65_HS1-834228961_62-HQ-83894_Section_5
Agency: FBI
Page 52
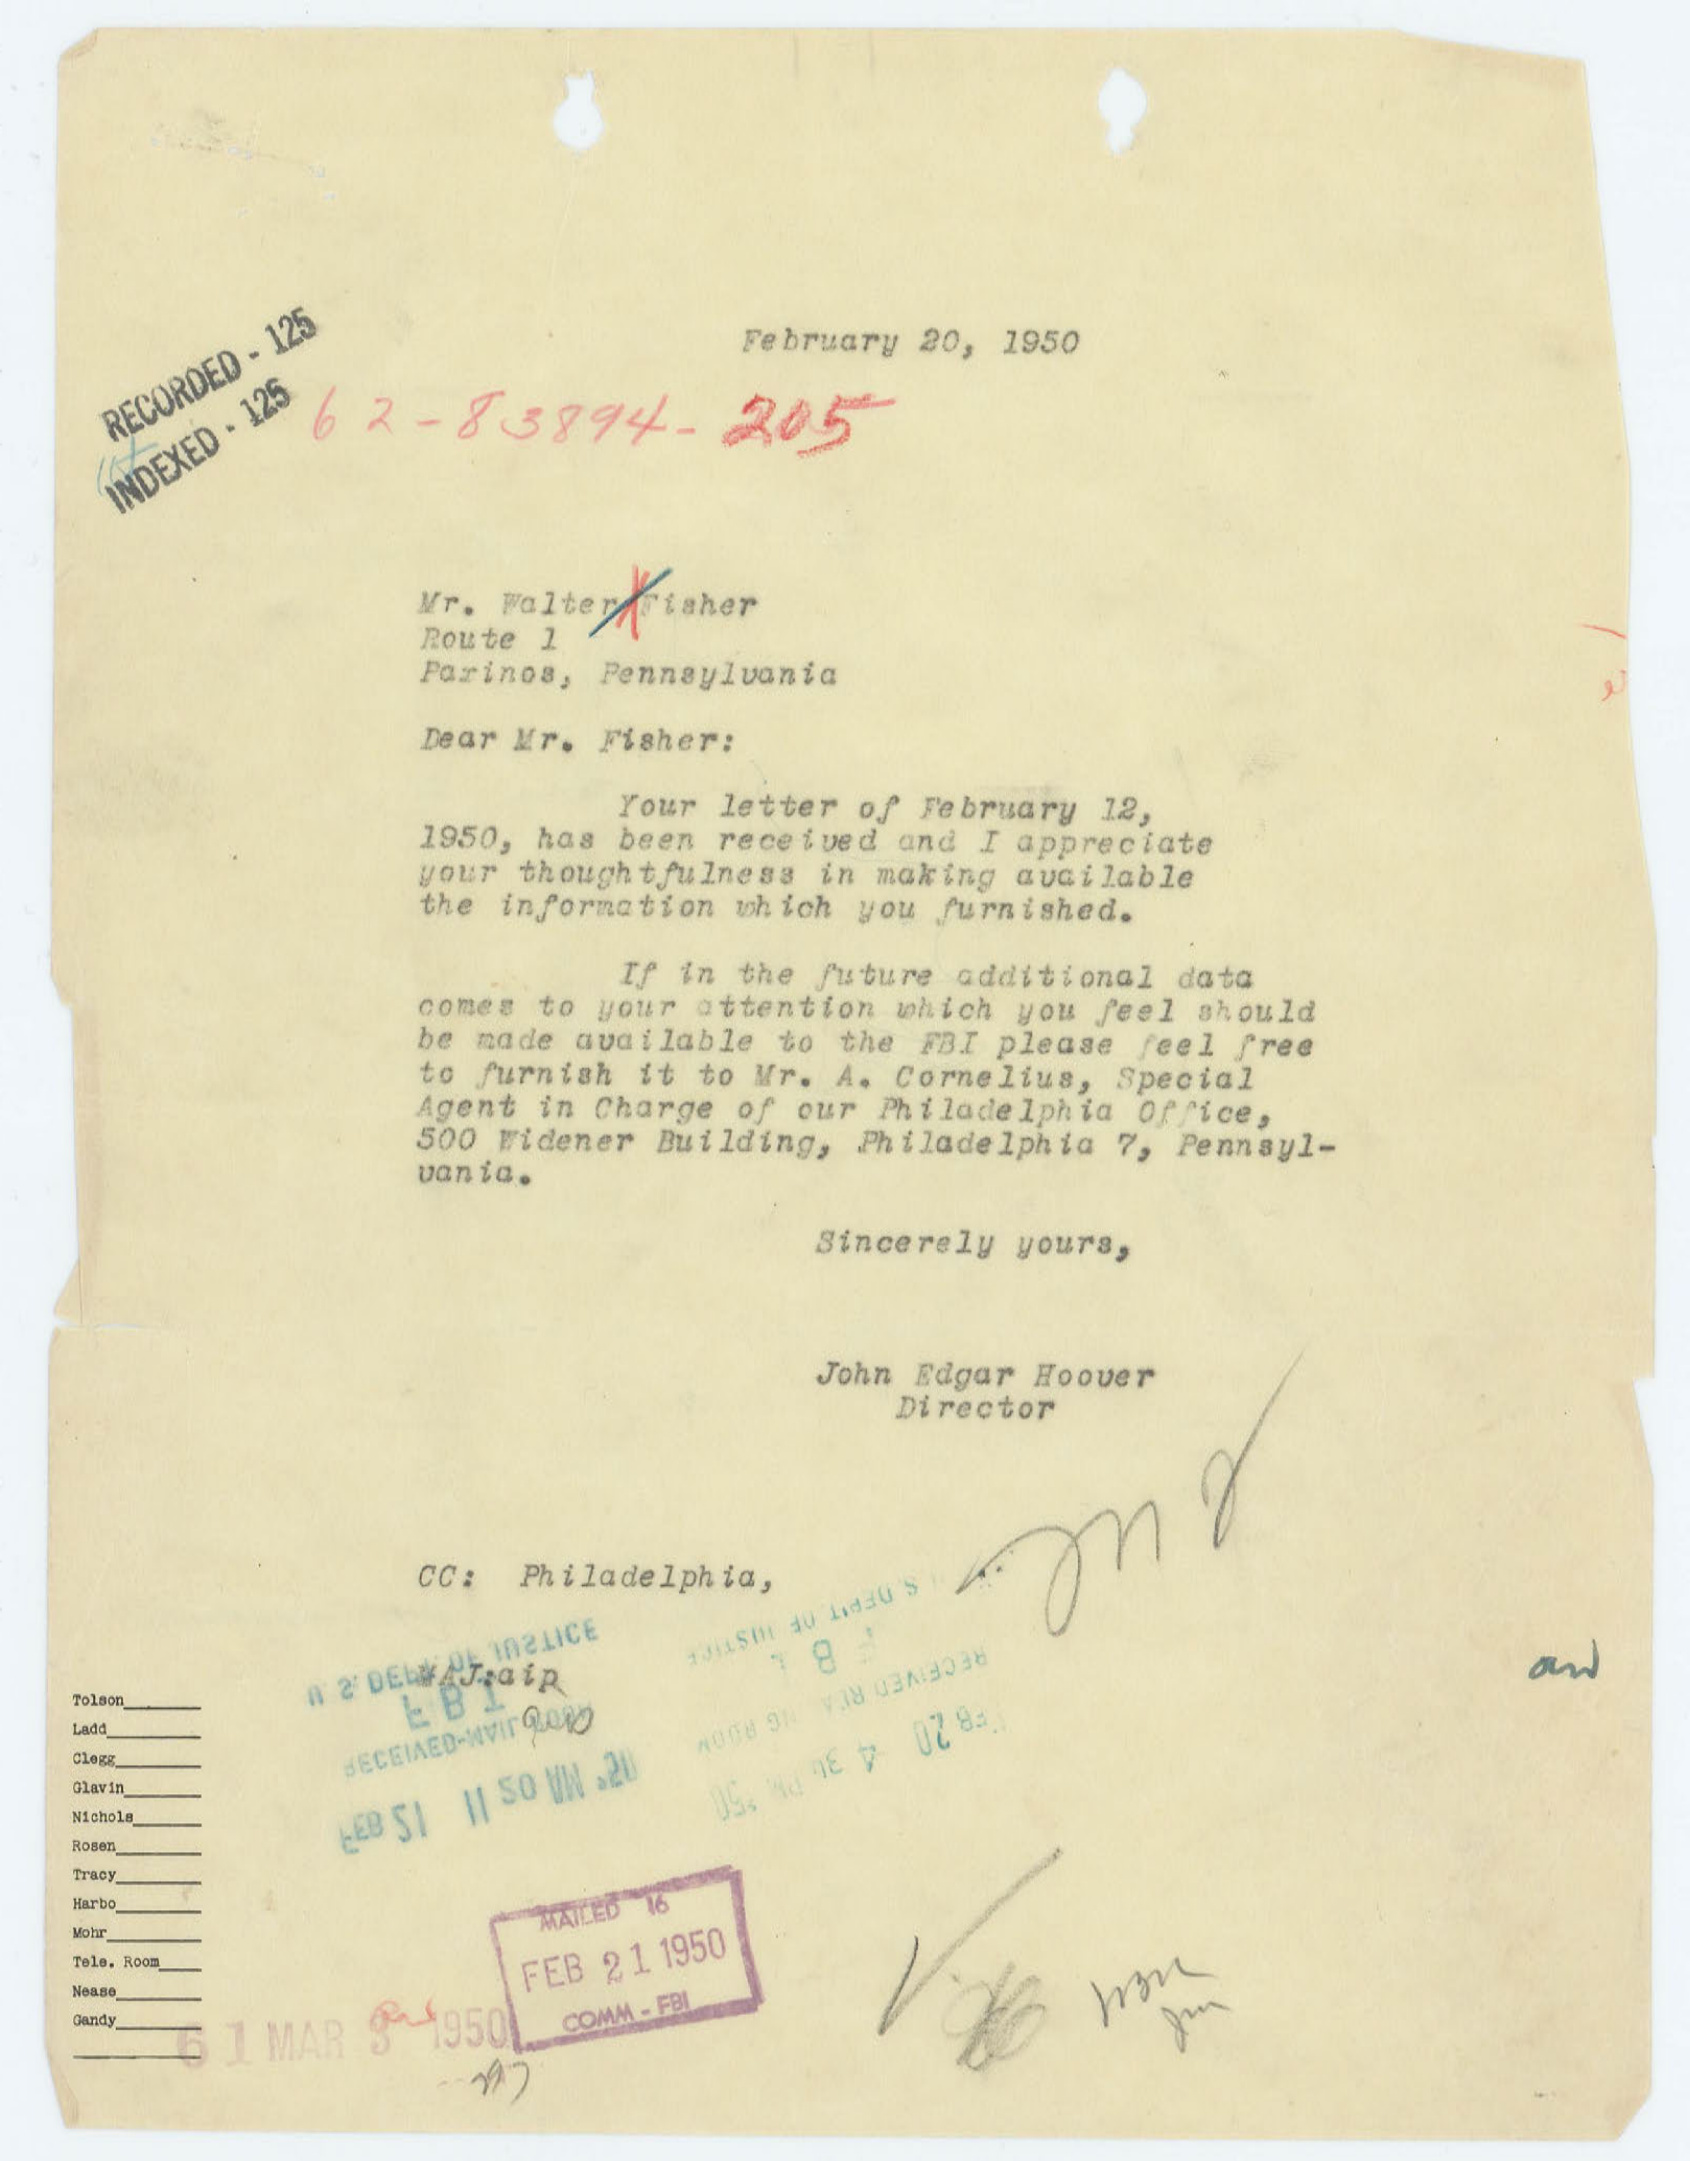